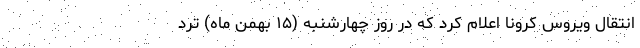
انتقال ویروس کرونا اعلام کرد که در روز چهارشنبه (۱۵ بهمن ماه) ترد